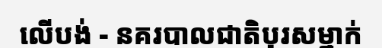
លើបង់ - នគរបាលជាតិបុរសម្នាក់